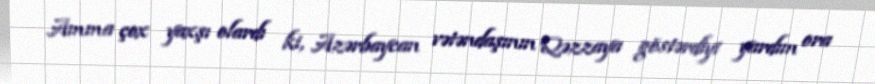
Amma çox yaxşı olardı ki, Azərbaycan vətəndaşının Qəzzaya göstərdiyi yardım ora